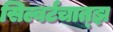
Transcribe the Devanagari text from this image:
सिल्बर्टचात्झ